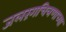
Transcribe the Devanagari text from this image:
जलरंगचित्रणाच्या